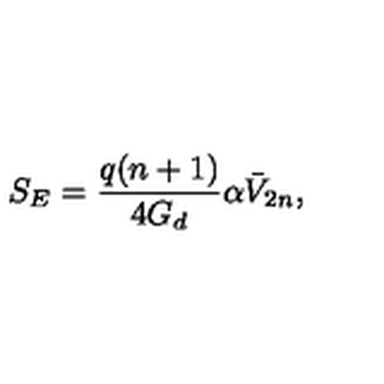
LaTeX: S _ { E } = \frac { q ( n + 1 ) } { 4 G _ { d } } \alpha \bar { V } _ { 2 n } ,